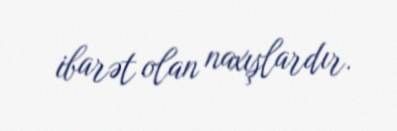
ibarət olan naxışlardır.